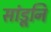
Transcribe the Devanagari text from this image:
सांडूनि